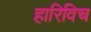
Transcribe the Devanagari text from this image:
हारिविच